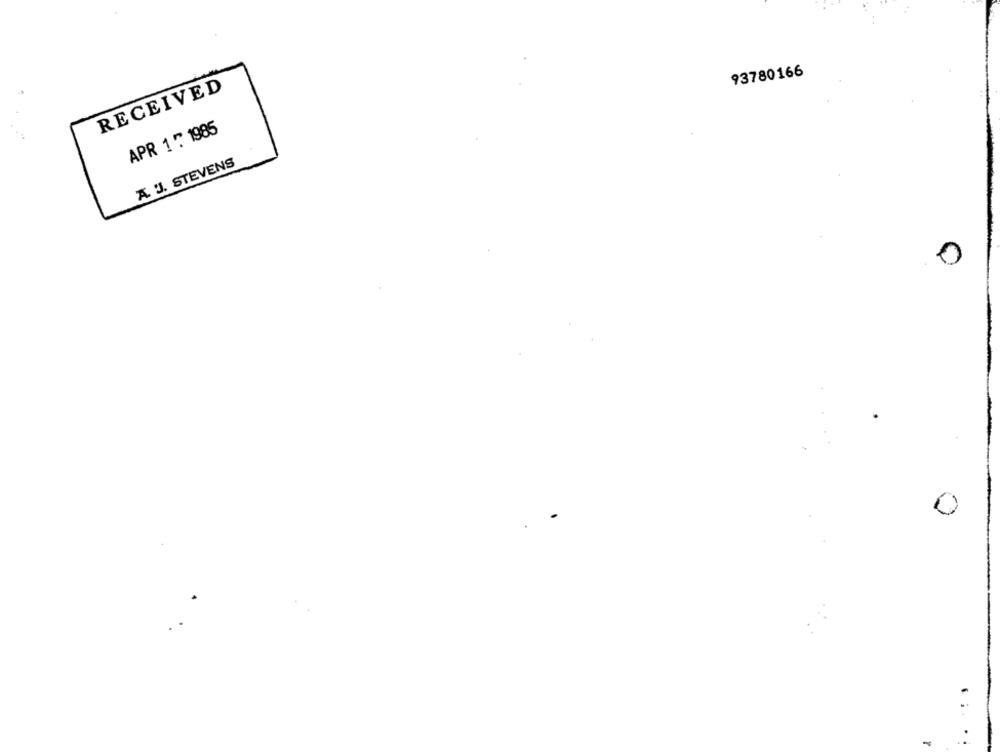
93780166
RECEIVED
APR 1℃ 1985
A. J. STEVENS
0